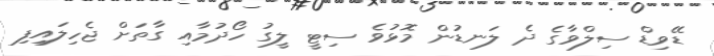
ޑޭވިޑް ސިލްވާގެ ދެ ލަނޑުން މޮޅުވެ ސިޓީ ލީގު ހޯދުމާއި ގާތަށް ޖެހިލައިފި